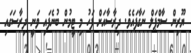
ޔޫރިން ސާމްޕަލް ނަގާފައެވެ. ދިރާސާއަށް ފަހު މި ޓީމުން ބުނެފައި ވަނީ ދިރާސަގައި